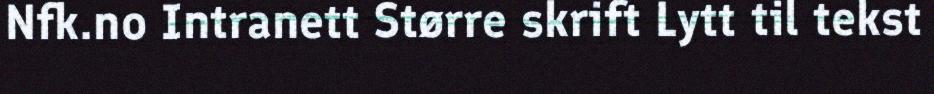
Nfk.no Intranett Større skrift Lytt til tekst